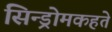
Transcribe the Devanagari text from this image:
सिन्ड्रोमकहते